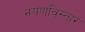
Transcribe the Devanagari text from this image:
नयणविस्तार